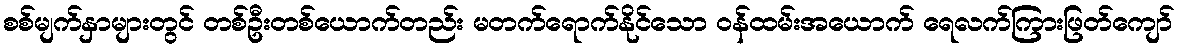
စစ်မျက်နှာများတွင် တစ်ဦးတစ်ယောက်တည်း မတက်ရောက်နိုင်သော ဝန်ထမ်းအယောက် ရေလက်ကြားဖြတ်ကျော်